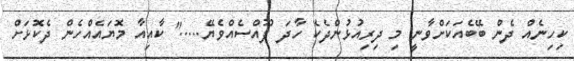
ކިހިނެއް ދެން ބޭބެއަކަށްވާނީ މި ދިރިއުޅުންދެކެ ހާދަ ފޫއްސެއްވެޔޭ....." ކާއިއާ މޮޔައެއްހެން ދެކޮޅަށް